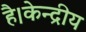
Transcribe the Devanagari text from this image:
है।केन्द्रीय